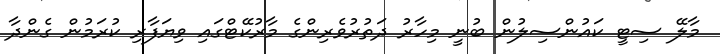
މާލޭ ސިޓީ ކައުންސިލުން ބުނީ މިހާރު ދަތުރުވެރިންގެ މާރުކޭޓްގައި ވިޔަފާރި ކުރަމުން ގެންދާ